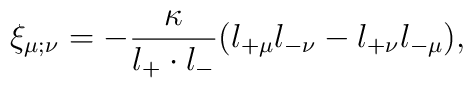
\xi_{\mu;\nu}=-\frac{\kappa}{l_+ \cdot l_-}(l_{+\mu}l_{-\nu}-l_{+\nu}l_{-\mu}),